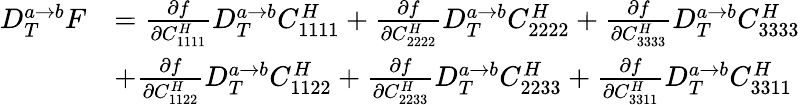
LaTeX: \begin{array}{rl}{D_{T}^{a\rightarrow b}F}&{=\frac{\partial f}{\partial C_{1111}^{H}}D_{T}^{a\rightarrow b}C_{1111}^{H}+\frac{\partial f}{\partial C_{2222}^{H}}D_{T}^{a\rightarrow b}C_{2222}^{H}+\frac{\partial f}{\partial C_{3333}^{H}}D_{T}^{a\rightarrow b}C_{3333}^{H}}\\ &{+\frac{\partial f}{\partial C_{1122}^{H}}D_{T}^{a\rightarrow b}C_{1122}^{H}+\frac{\partial f}{\partial C_{2233}^{H}}D_{T}^{a\rightarrow b}C_{2233}^{H}+\frac{\partial f}{\partial C_{3311}^{H}}D_{T}^{a\rightarrow b}C_{3311}^{H}}\end{array}